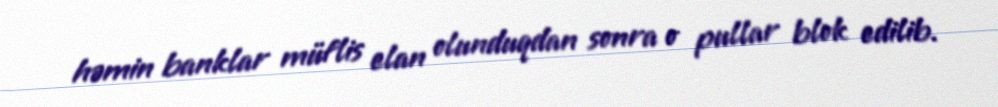
həmin banklar müflis elan olunduqdan sonra o pullar blok edilib.